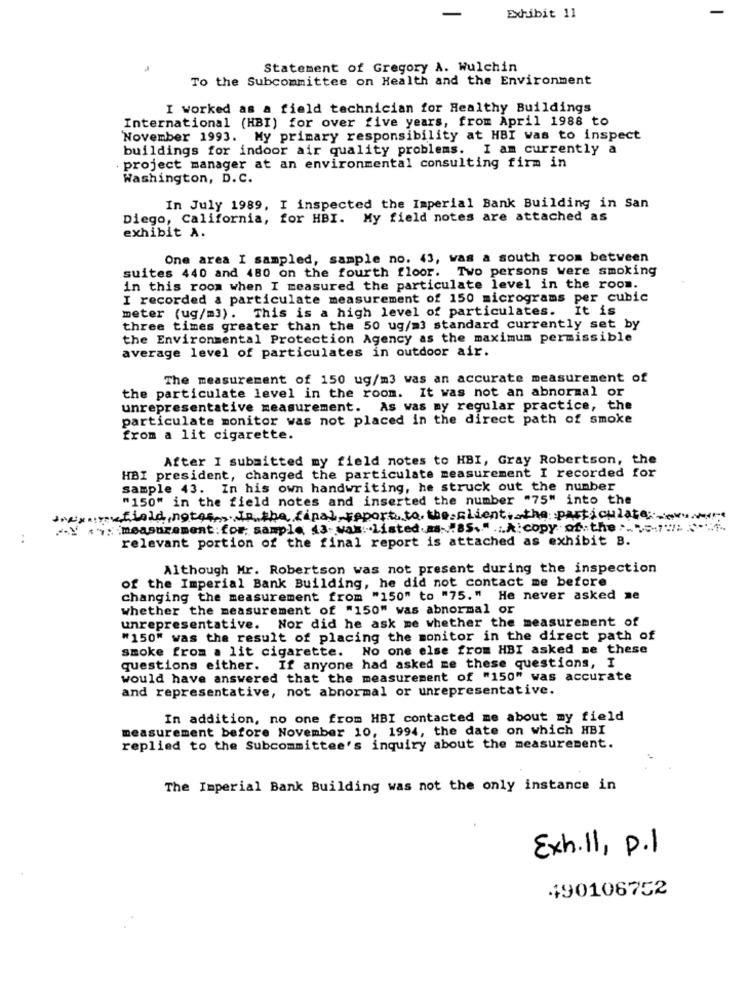
Exhibit 11
Statement of Gregory A. Wulchin
To the Subcommittee on Health and the Environment
I worked as a field technician for Healthy Buildings
International (HBI) for over five years, from April 1988 to
November 1993. My primary responsibility at HBI was to inspect
buildings for indoor air quality problems. I am currently a
. project manager at an environmental consulting firm in
Washington, D. C.
In July 1989, I inspected the Imperial Bank Building in San
Diego, California, for HBI. My field notes are attached as
exhibit A.
One area I sampled, sample no. 43, was a south room between
suites 440 and 480 on the fourth floor. Two persons were smoking
in this room when I measured the particulate level in the room.
I recorded a particulate measurement of 150 micrograms per cubic
meter (ug/=3). This is a high level of particulates. It is
three times greater than the 50 ug/m3 standard currently set by
the Environmental Protection Agency as the maximum permissible
average level of particulates in outdoor air.
The measurement of 150 ug/m3 was an accurate measurement of
the particulate level in the room. It was not an abnormal or
unrepresentative measurement. As was my regular practice, the
particulate monitor was not placed in the direct path of smoke
from a lit cigarette.
After I submitted my field notes to HBI, Gray Robertson, the
HBI president, changed the particulate measurement I recorded for
sample 43. In his own handwriting, he struck out the number
"150" in the field notes and inserted the number "75" into the
vflold, notes In the final, report, to. the client, the particulate:
*V *': measurement: for: sample 43-was:listed.M .: 85.":A copy of the
..
relevant portion of the final report is attached as exhibit B.
Although Mr. Robertson was not present during the inspection
of the Imperial Bank Building, he did not contact me before
changing the measurement from "150" to "75." He never asked ne
whether the measurement of "150" was abnormal or
unrepresentative. Nor did he ask me whether the measurement of
"150" was the result of placing the monitor in the direct path of
smoke from a lit cigarette. No one else from HBI asked me these
questions either. If anyone had asked me these questions, I
would have answered that the measurement of "150" was accurate
and representative, not abnormal or unrepresentative.
In addition, no one from HBI contacted me about my field
measurement before November 10, 1994, the date on which HBI
replied to the Subcommittee's inquiry about the measurement.
The Imperial Bank Building was not the only instance in
Exh.11, p.1
490106752